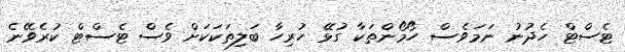
ޓެސްޓް ހެދުނު ނަމަވެސް ހޯމޯންތަކާ ގުޅޭ ހުރިހާ ބަލިތަކަކަށް ވެސް ޓެސްޓް ކުރެވޭނެ